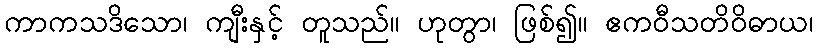
ကာကသဒိသော၊ ကျီးနှင့် တူသည်။ ဟုတွာ၊ ဖြစ်၍။ ဧကဝီသတိဝိဓာယ၊